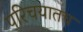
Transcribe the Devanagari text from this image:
परिचयातच